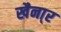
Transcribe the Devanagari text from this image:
खैना्र